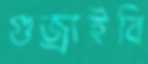
গুজ্‌রাইবি